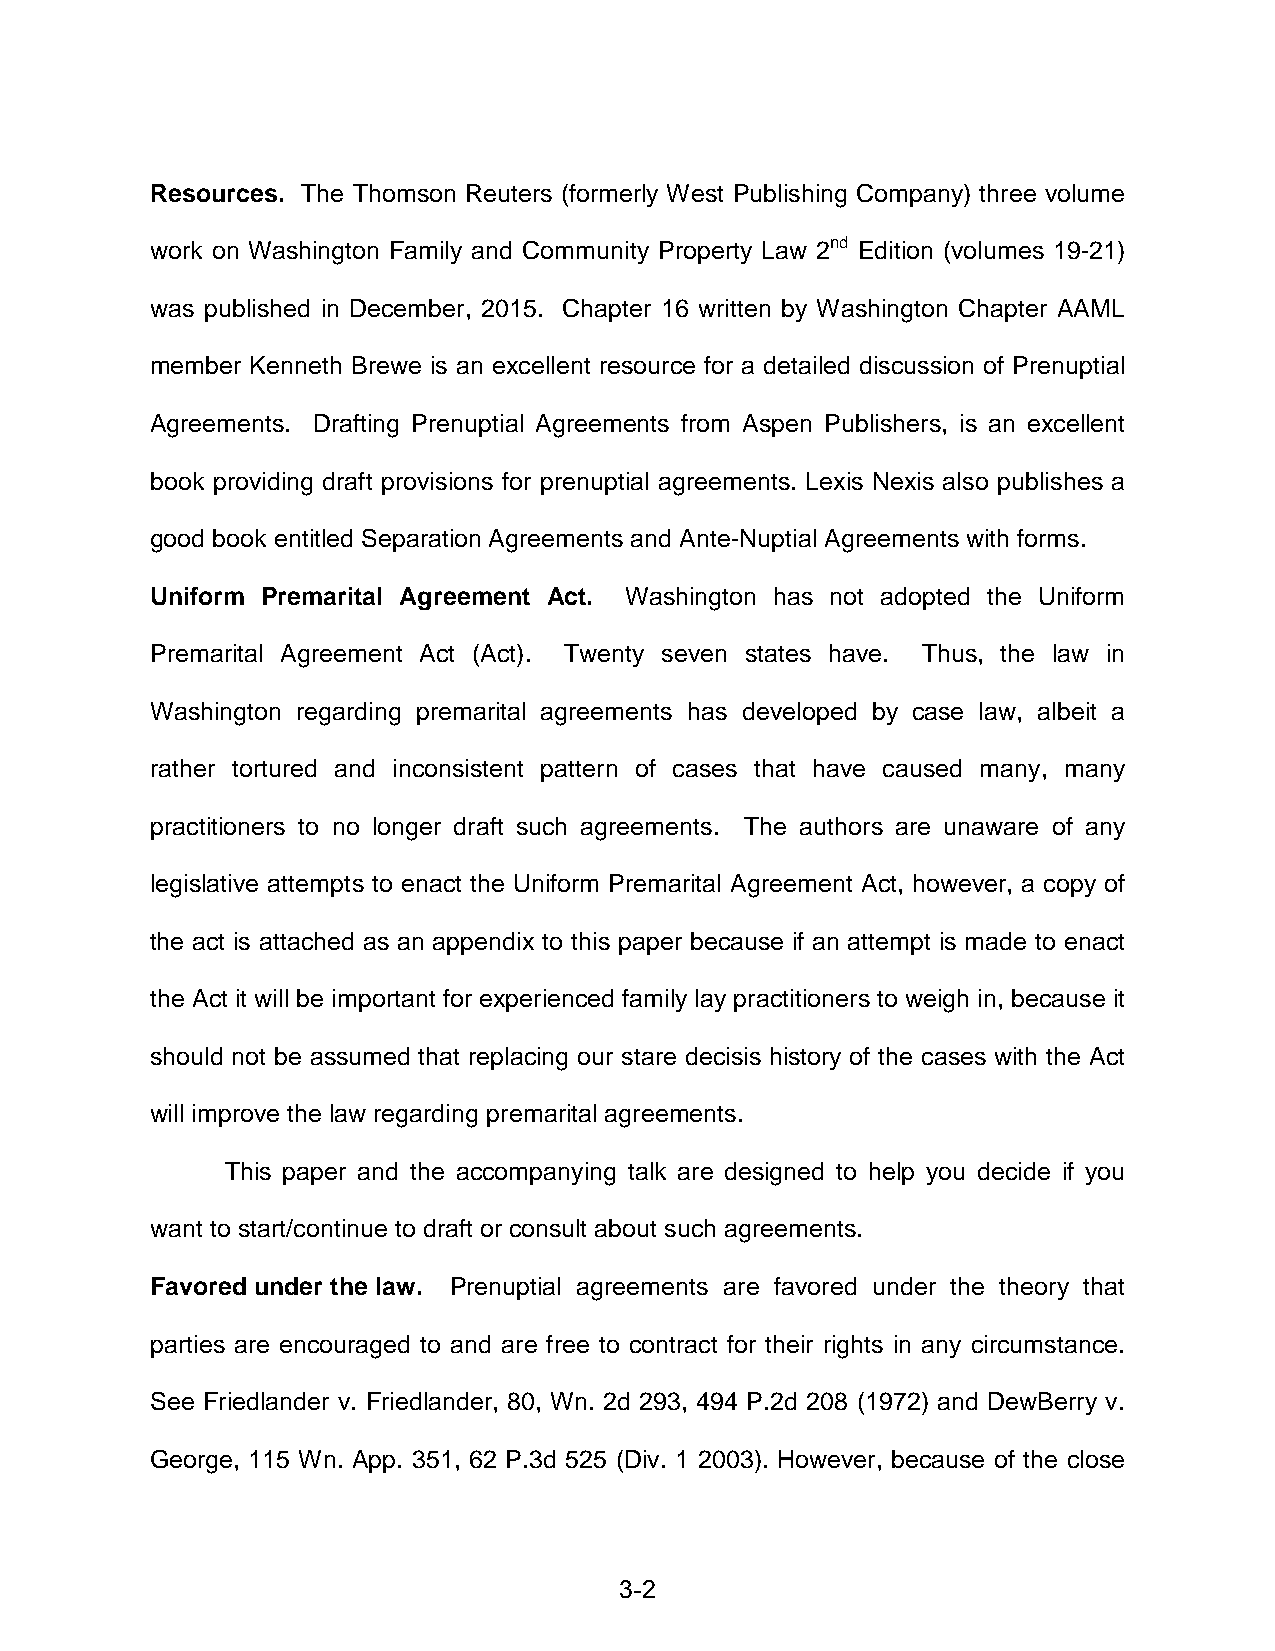
Resources. The Thomson Reuters (formerly West Publishing Company) three volume
 work on Washington Family and Community Property Law 2nd Edition (volumes 19-21)
 was published in December, 2015. Chapter 16 written by Washington Chapter AAML
 member Kenneth Brewe is an excellent resource for a detailed discussion of Prenuptial
 Agreements. Drafting Prenuptial Agreements from Aspen Publishers, is an excellent
 book providing draft provisions for prenuptial agreements. Lexis Nexis also publishes a
 good book entitled Separation Agreements and Ante-Nuptial Agreements with forms.
 Uniform Premarital Agreement Act. Washington has not adopted the Uniform
 Premarital Agreement Act (Act). Twenty seven states have. Thus, the law in
 Washington regarding premarital agreements has developed by case law, albeit a
 rather tortured and inconsistent pattern of cases that have caused many, many
 practitioners to no longer draft such agreements. The authors are unaware of any
 legislative attempts to enact the Uniform Premarital Agreement Act, however, a copy of
 the act is attached as an appendix to this paper because if an attempt is made to enact
 the Act it will be important for experienced family lay practitioners to weigh in, because it
 should not be assumed that replacing our stare decisis history of the cases with the Act
 will improve the law regarding premarital agreements.
 This paper and the accompanying talk are designed to help you decide if you
 want to start/continue to draft or consult about such agreements.
 Favored under the law. Prenuptial agreements are favored under the theory that
 parties are encouraged to and are free to contract for their rights in any circumstance.
 See Friedlander v. Friedlander, 80, Wn. 2d 293, 494 P.2d 208 (1972) and DewBerry v.
 George, 115 Wn. App. 351, 62 P.3d 525 (Div. 1 2003). However, because of the close
 3-2